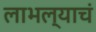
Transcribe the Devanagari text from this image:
लाभल्याचं